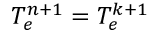
T _ { e } ^ { n + 1 } = T _ { e } ^ { k + 1 }